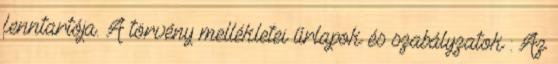
fenntartója. A törvény mellékletei űrlapok és szabályzatok : Az